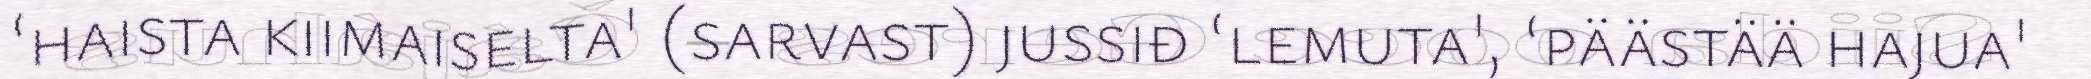
‘haista kiimaiselta' (sarvast) jussiđ ‘lemuta', ‘päästää hajua'